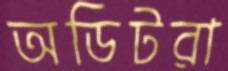
অডিটরা